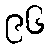
၉၆